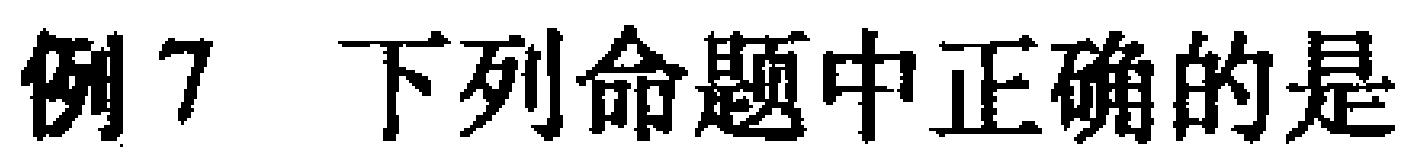
例7 下列命题中正确的是